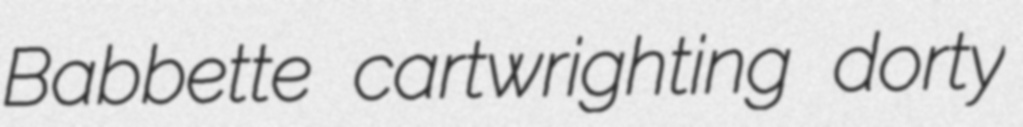
Babbette cartwrighting dorty